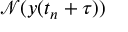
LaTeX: { \mathcal { N } } ( y ( t _ { n } + \tau ) )